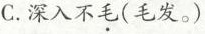
C.深入不毛(毛发。)